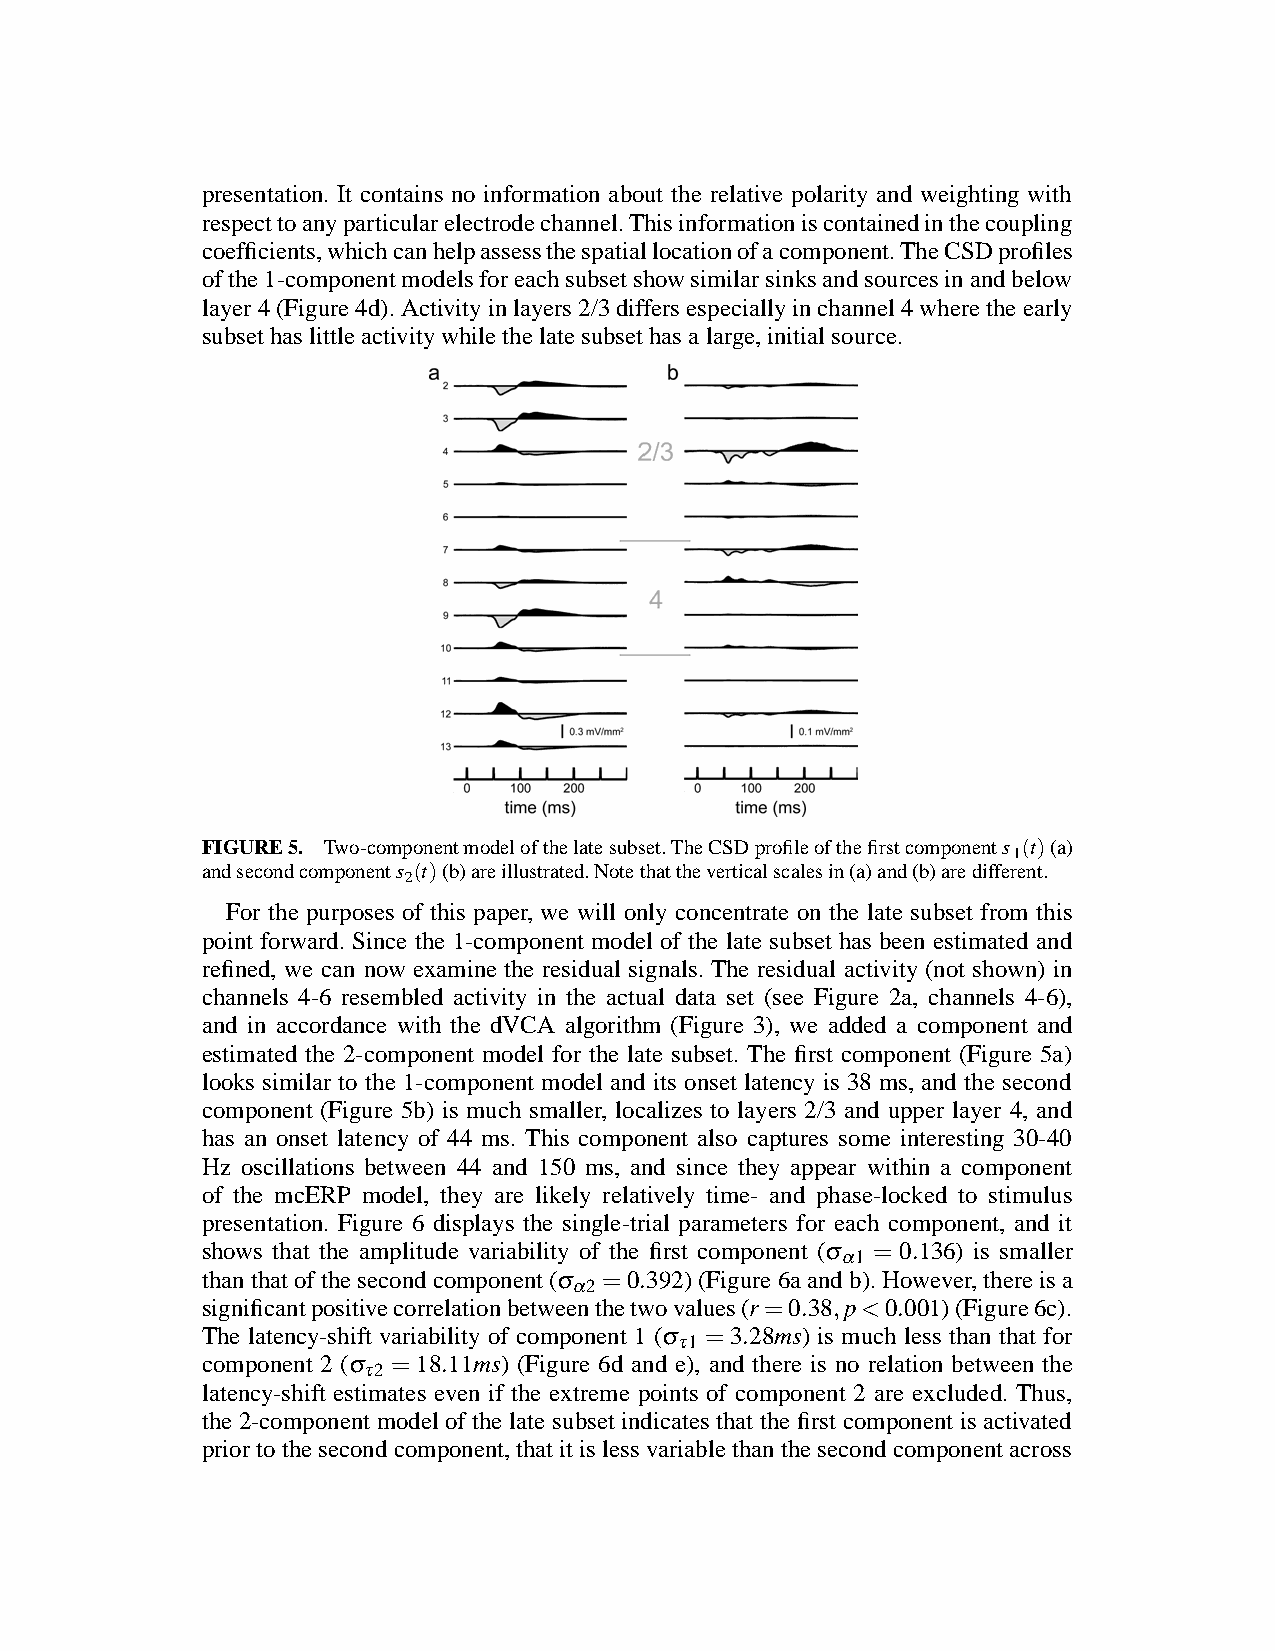
presentation. It contains no information about the relative polarity and weighting with
 respecttoanyparticularelectrodechannel.Thisinformationiscontainedinthecoupling
 coefficients,whichcanhelpassessthespatiallocationofacomponent.TheCSDprofiles
 ofthe1-componentmodelsforeachsubsetshowsimilarsinksandsourcesinandbelow
 layer4(Figure4d).Activityinlayers2/3differsespeciallyinchannel4wheretheearly
 subsethaslittleactivitywhilethelatesubsethasa large,initialsource.
 FIGURE5. Two-componentmodelofthelatesubset.TheCSDprofileofthefirstcomponents (t)(a)
 1
 andsecondcomponents (t)(b)areillustrated.Notethattheverticalscalesin(a)and(b)aredifferent.
 2
 For the purposes of this paper, we will only concentrate on the late subset from this
 point forward. Since the 1-component model of the late subset has been estimated and
 refined, we can now examine the residual signals. The residual activity (not shown) in
 channels 4-6 resembled activity in the actual data set (see Figure 2a, channels 4-6),
 and in accordance with the dVCA algorithm (Figure 3), we added a component and
 estimated the 2-component model for the late subset. The first component (Figure 5a)
 looks similar to the 1-component model and its onset latency is 38 ms, and the second
 component (Figure 5b) is much smaller, localizes to layers 2/3 and upper layer 4, and
 has an onset latency of 44 ms. This component also captures some interesting 30-40
 Hz oscillations between 44 and 150 ms, and since they appear within a component
 of the mcERP model, they are likely relatively time- and phase-locked to stimulus
 presentation. Figure 6 displays the single-trial parameters for each component, and it
 shows that the amplitude variability of the first component (σ α1 = 0.136) is smaller
 thanthatofthesecondcomponent(σ
 α2
 =0.392)(Figure6aandb).However,thereisa
 significantpositivecorrelationbetweenthetwovalues(r=0.38,p<0.001)(Figure6c).
 The latency-shift variability of component 1 (σ τ1 =3.28ms) is much less than that for
 component 2 (σ τ2 = 18.11ms) (Figure 6d and e), and there is no relation between the
 latency-shift estimates even if the extreme points of component 2 are excluded. Thus,
 the 2-component modelof the late subsetindicates that the first component is activated
 priortothesecondcomponent,thatitislessvariablethanthesecondcomponentacross